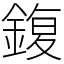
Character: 鍑